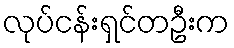
လုပ်ငန်းရှင်တဦးက